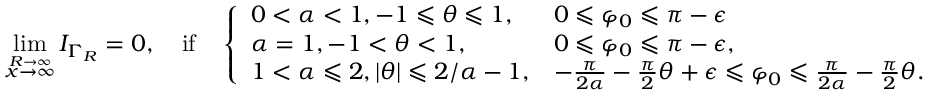
\operatorname* { l i m } _ { \stackrel { R \to \infty } { x \to \infty } } I _ { \Gamma _ { R } } = 0 , \quad \mathrm { i f } \quad \left\{ \begin{array} { l l } { 0 < \alpha < 1 , - 1 \leqslant \theta \leqslant 1 , } & { 0 \leqslant \varphi _ { 0 } \leqslant \pi - \epsilon } \\ { \alpha = 1 , - 1 < \theta < 1 , } & { 0 \leqslant \varphi _ { 0 } \leqslant \pi - \epsilon , } \\ { 1 < \alpha \leqslant 2 , | \theta | \leqslant 2 / \alpha - 1 , } & { - \frac { \pi } { 2 \alpha } - \frac { \pi } { 2 } \theta + \epsilon \leqslant \varphi _ { 0 } \leqslant \frac { \pi } { 2 \alpha } - \frac { \pi } { 2 } \theta . } \end{array} \right.